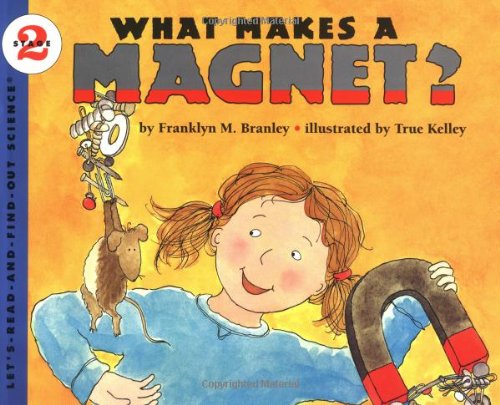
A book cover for What Makes a Magnet? (Let's-Read-and-Find-Out Science 2); Franklyn M. Branley; Children's Books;